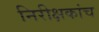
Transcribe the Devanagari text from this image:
निरीक्षकांच